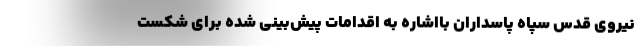
نیروی قدس سپاه پاسداران بااشاره به اقدامات پیش‌بینی شده برای شکست